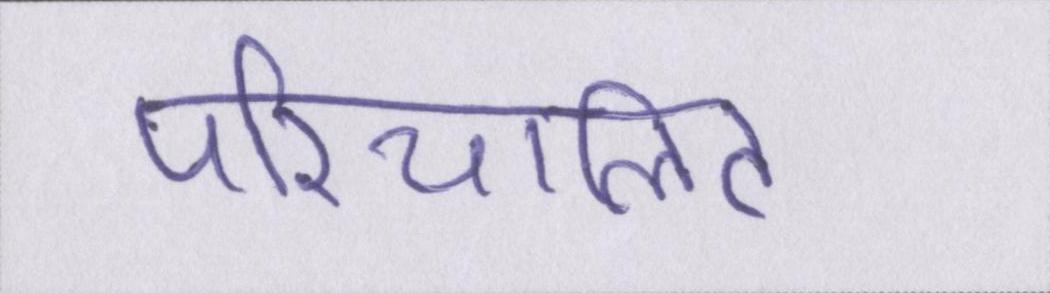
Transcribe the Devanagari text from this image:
परिचालित